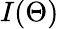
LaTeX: I(\Theta)